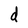
Character: d